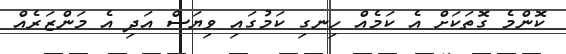
ކޮންމެ ގޮތަކަށް އެ ކަމެއް ހިނގި ކަމުގައި ވިޔަސް އަދި އެ މަންޒަރެއް